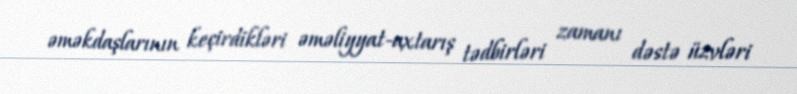
əməkdaşlarının keçirdikləri əməliyyat-axtarış tədbirləri zamanı dəstə üzvləri